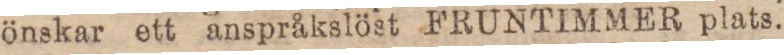
önskar ett anspråkslöst FRUNTIMMER plats.